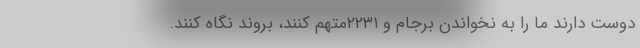
دوست دارند ما را به نخواندن برجام و ۲۲۳۱متهم ‌کنند، بروند نگاه کنند.